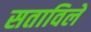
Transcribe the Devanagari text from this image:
सताविले